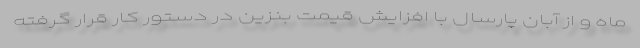
ماه و از آبان پارسال با افزایش قیمت بنزین در دستور کار قرار گرفته